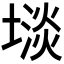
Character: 𫮡